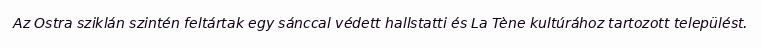
Az Ostra sziklán szintén feltártak egy sánccal védett hallstatti és La Tène kultúrához tartozott települést.